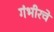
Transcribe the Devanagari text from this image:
गंभीरचे